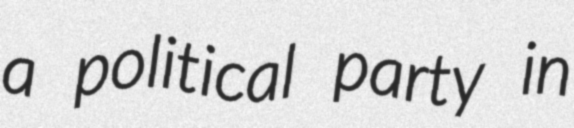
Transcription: a political party in